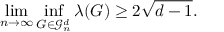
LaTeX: \operatorname* { l i m } _ { n \to \infty } \operatorname* { i n f } _ { G \in { \mathcal { G } } _ { n } ^ { d } } \lambda ( G ) \geq 2 { \sqrt { d - 1 } } .